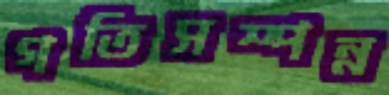
গতিসম্পন্ন